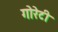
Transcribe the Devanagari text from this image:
गोरेटी